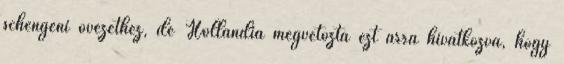
schengeni övezethez, de Hollandia megvétózta ezt arra hivatkozva, hogy